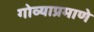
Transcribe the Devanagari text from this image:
गोव्याप्रमाणे